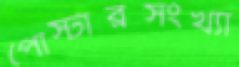
পোস্টারসংখ্যা